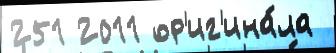
251 2011 ор'иг'ина́ла